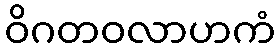
ဝိဂတဝလာဟကံ